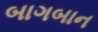
બાગબાન